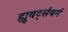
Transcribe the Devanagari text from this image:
ह्यूबर्ट्सबर्ग